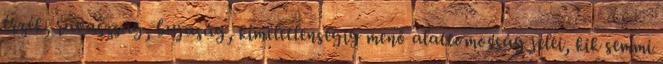
érzék, ravaszság, bujaság, kíméletlenségig menő alattomosság jelei, kik semmi